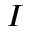
I